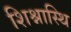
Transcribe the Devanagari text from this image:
शिश्नास्थि